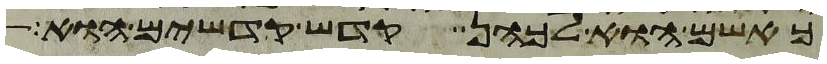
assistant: כאשם הוא לכהן קדש קדשים הוא